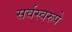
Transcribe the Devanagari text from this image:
सर्वस्वरुपे